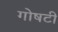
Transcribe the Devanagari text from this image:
गोषटी